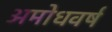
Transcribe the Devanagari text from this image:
अमोधवर्ष